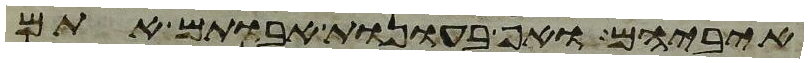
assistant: איביהם ואף בעונות אבותם אתם